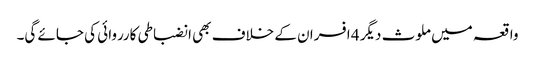
واقعہ میں ملوث دیگر 4 افسران کے خلاف بھی انضباطی کارروائی کی جائے گی۔